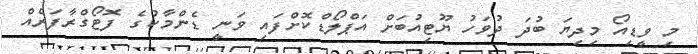
މި ވީޑިއޯ މިދިޔަ ބުދަ ދުވަހު ޔޫޓިއުބަށް އަޕްލޯޑްކޮށްފައި ވަނީ ޑެންމާކުގެ ފޮޓޯގްރާފަރެއް